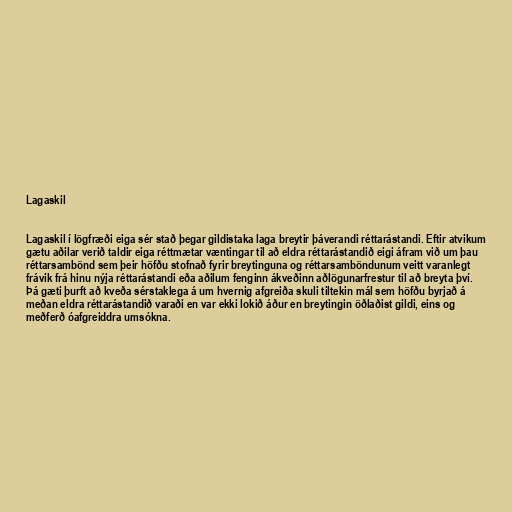
Lagaskil

Lagaskil í lögfræði eiga sér stað þegar gildistaka laga breytir þáverandi réttarástandi. Eftir atvikum
gætu aðilar verið taldir eiga réttmætar væntingar til að eldra réttarástandið eigi áfram við um þau
réttarsambönd sem þeir höfðu stofnað fyrir breytinguna og réttarsamböndunum veitt varanlegt
frávik frá hinu nýja réttarástandi eða aðilum fenginn ákveðinn aðlögunarfrestur til að breyta því.
Þá gæti þurft að kveða sérstaklega á um hvernig afgreiða skuli tiltekin mál sem höfðu byrjað á
meðan eldra réttarástandið varaði en var ekki lokið áður en breytingin öðlaðist gildi, eins og
meðferð óafgreiddra umsókna.